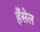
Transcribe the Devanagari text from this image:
हँसेल